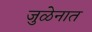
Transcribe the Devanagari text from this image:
जुळेनात